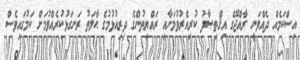
އިސްކަމެއް ދެއްވަނީ ރާއްޖޭގެ އިޤްތިޞާދު ކުރިއެރުވުމަށާއި ރައްޔިތުންގެ ދިރިއުޅުމުގެ ޙާލަތު ރަނގަޅުކުރެއްވުމަށް ކަމުގައިވެސް